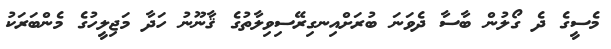
މެސީގެ ދެ ގޯލުން ބާސާ ދެވަނަ ބުރަށްއިނގިރޭސިވިލާތުގެ ޤާނޫނު ހަދާ މަޖިލީހުގެ މެންބަރަކު